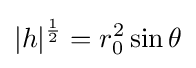
|h|^{1 \over 2}=r_{0}^{2}\sin \theta